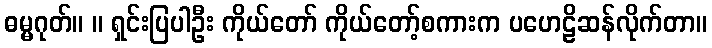
ဓမ္မဂုတ်။ ။ ရှင်းပြပါဦး ကိုယ်တော် ကိုယ်တော့်စကားက ပဟေဠိဆန်လိုက်တာ။